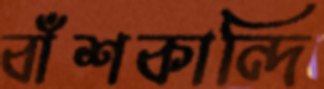
বাঁশকান্দি